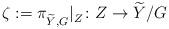
LaTeX: \begin{align*}\zeta:=\pi^{\ }_{{\widetilde Y}, G}|^{\ }_Z\colon Z\to {\widetilde Y}/G\end{align*}